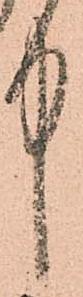
中